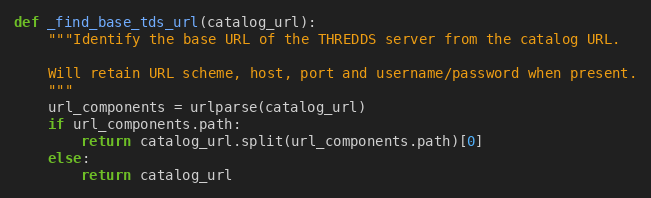
Language: Python
def _find_base_tds_url(catalog_url):
    """Identify the base URL of the THREDDS server from the catalog URL.

    Will retain URL scheme, host, port and username/password when present.
    """
    url_components = urlparse(catalog_url)
    if url_components.path:
        return catalog_url.split(url_components.path)[0]
    else:
        return catalog_url